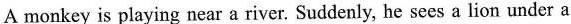
A monkey is playing near a river. Suddenly, he sees a lion under a